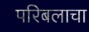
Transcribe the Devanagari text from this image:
परिबलाचा